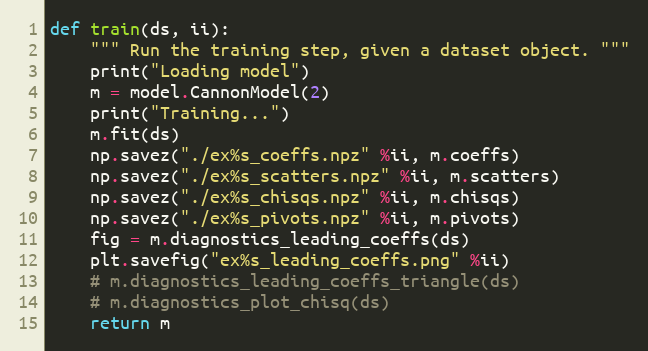
Language: Python
def train(ds, ii):
    """ Run the training step, given a dataset object. """
    print("Loading model")
    m = model.CannonModel(2)
    print("Training...")
    m.fit(ds)
    np.savez("./ex%s_coeffs.npz" %ii, m.coeffs)
    np.savez("./ex%s_scatters.npz" %ii, m.scatters)
    np.savez("./ex%s_chisqs.npz" %ii, m.chisqs)
    np.savez("./ex%s_pivots.npz" %ii, m.pivots)
    fig = m.diagnostics_leading_coeffs(ds)
    plt.savefig("ex%s_leading_coeffs.png" %ii)
    # m.diagnostics_leading_coeffs_triangle(ds)
    # m.diagnostics_plot_chisq(ds)
    return m